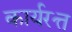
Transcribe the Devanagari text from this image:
कार्यरत्त